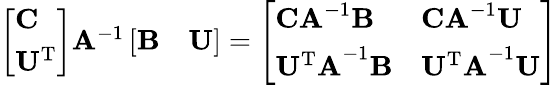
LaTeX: \begin{array}{r}{\left[\begin{array}{l}{\mathbf{C}}\\ {\mathbf{U^{\mathrm{T}}}}\end{array}\right]\mathbf{A}^{-1}\left[\begin{array}{ll}{\mathbf{B}}&{\mathbf{U}}\end{array}\right]=\left[\begin{array}{ll}{\mathbf{CA}^{-1}\mathbf{B}}&{\mathbf{CA}^{-1}\mathbf{U}}\\ {\mathbf{U^{\mathrm{T}}A}^{-1}\mathbf{B}}&{\mathbf{U^{\mathrm{T}}A}^{-1}\mathbf{U}}\end{array}\right]}\end{array}